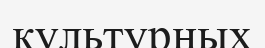
культурных